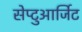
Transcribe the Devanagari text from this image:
सेप्टुआर्जिट